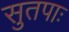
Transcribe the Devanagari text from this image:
सुतपाः